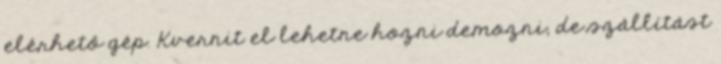
elérhető gép. Kvernit el lehetne hozni demozni, de szállítást